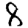
Digit: 8